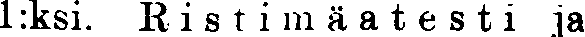
1:ksi. Ristimäatesti ja